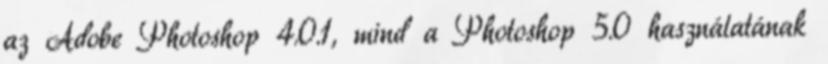
az Adobe Photoshop 4.0.1, mind a Photoshop 5.0 használatának